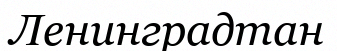
Ленинградтан